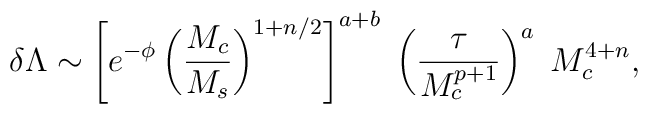
\delta \Lambda \sim  \left[ e^{-\phi} \left({M_c \over M_s} \right)^{1+n/2} \right]^{a+b} \; \left( {\tau \over M_c^{p+1}} \right)^{a} \;M_c^{4+n} ,